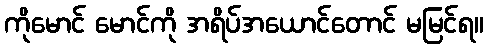
ကိုမောင် မောင်ကို အရိပ်အယောင်တောင် မမြင်ရ။